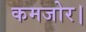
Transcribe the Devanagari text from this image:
कमजोर।